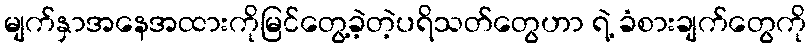
မျက်နှာအနေအထားကိုမြင်တွေ့ခဲ့တဲ့ပရိသတ်တွေဟာ ရဲ့ ခံစားချက်တွေကို